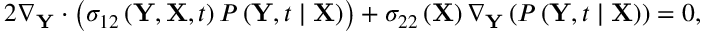
2 \nabla _ { \mathbf { Y } } \cdot \left( \sigma _ { 1 2 } \left( \mathbf { Y } , \mathbf { X } , t \right) P \left( \mathbf { Y } , t \mid \mathbf { X } \right) \right) + \sigma _ { 2 2 } \left( \mathbf { X } \right) \nabla _ { \mathbf { Y } } \left( P \left( \mathbf { Y } , t \mid \mathbf { X } \right) \right) = 0 ,